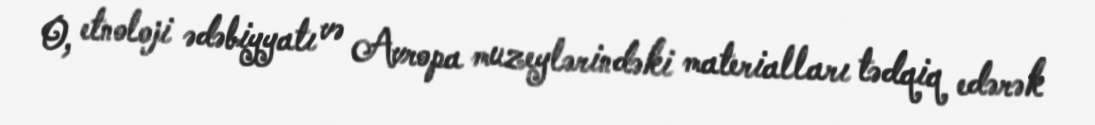
O, etnoloji ədəbiyyatı və Avropa muzeylərindəki materialları tədqiq edərək